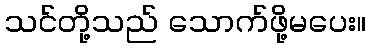
သင်တို့သည် သောက်ဖို့မပေး။